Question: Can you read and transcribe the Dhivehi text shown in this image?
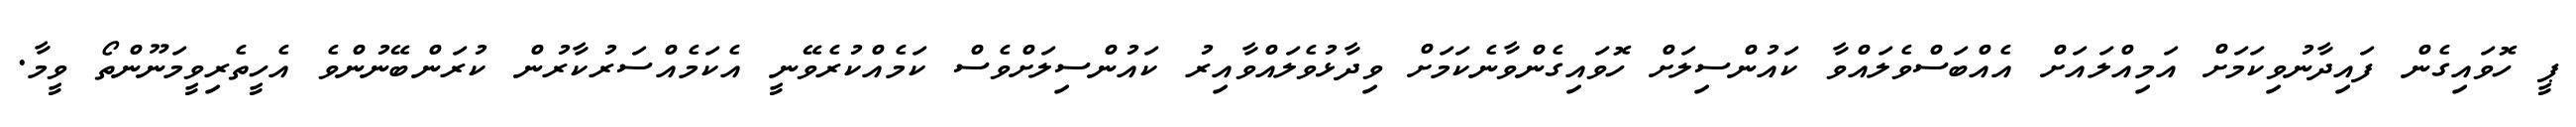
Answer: ޕީ ހޮވައިގެން ފައިދާނުވިކަމަށް އަމިއްލައަށް އެއްބަސްވެލައްވާ ކައުންސިލަށް ހޮވައިގެންވާނެކަމަށް ވިދާޅުވެލައްވާއިރު ކައުންސިލަށްވެސް ކަމެއްކުރެވޭނީ އެކަމެއްސަރުކާރުން ކުރަންބޭނުންވެ އެހީތެރިވީމަނޫންތޯ ވީމާ.